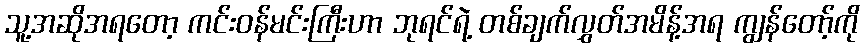
သူ့အဆိုအရတော့ ကင်းဝန်မင်းကြီးဟာ ဘုရင်ရဲ့ တစ်ချက်လွှတ်အမိန့်အရ ကျွန်တော့်ကို